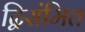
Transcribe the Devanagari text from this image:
द्विसंमित